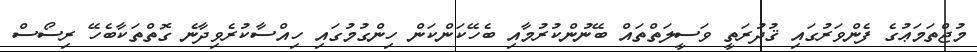
މުޖްތަމަޢުގެ ފެންވަރުގައި ޤުދުރަތީ ވަސީލަތްތައް ބޭނުންކުރުމާއި ބެހޭކަންކަން ހިންގުމުގައި ހިއްސާކުރެވިދާނެ ގޮތްތަކާބެހޭ ރިސޯސް